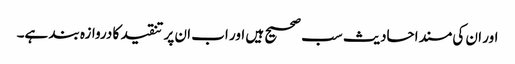
اور ان کی مسند احادیث سب صحیح ہیں اور اب ان پر تنقید کا دروازہ بند ہے۔